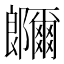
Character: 鿥